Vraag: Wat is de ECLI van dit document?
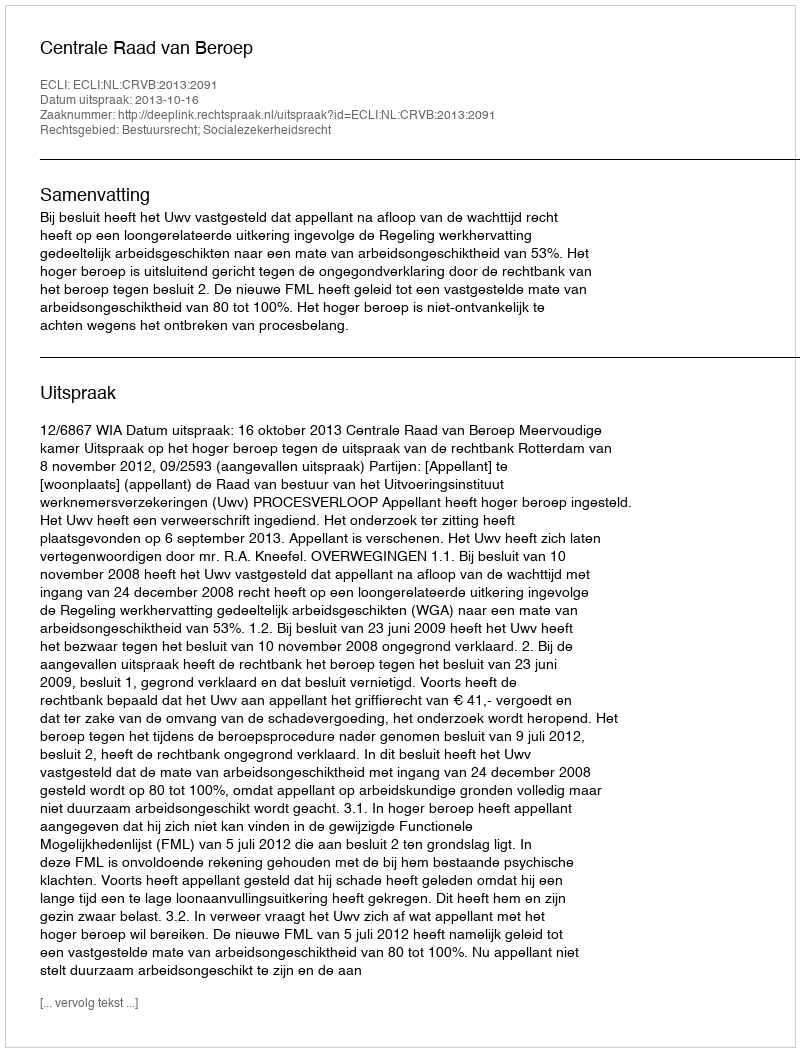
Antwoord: ECLI:NL:CRVB:2013:2091